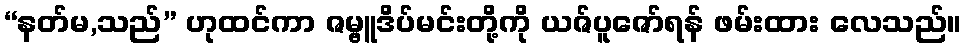
“နတ်မ,သည်” ဟုထင်ကာ ဇမ္ဗူဒိပ်မင်းတို့ကို ယဇ်ပူဇော်ရန် ဖမ်းထား လေသည်။